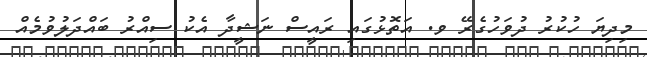
މިދިޔަ ހުކުރު ދުވަހުގެރޭ ވ. އަތޮޅުގައި ރައީސް ނަޝީދާ އެކު ސިއްރު ބައްދަލުވުމެއް